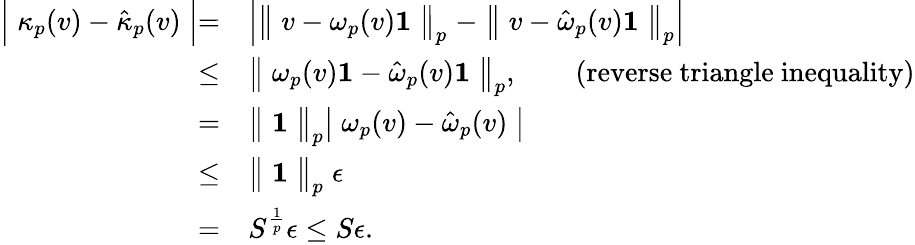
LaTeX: \begin{array}{rl}{\Bigm\lvert\kappa_{p}(v)-\hat{\kappa}_{p}(v)\Bigm\rvert=}&{\Bigm\lvert\bigm\lVert v-\omega_{p}(v)\mathbf{1}\bigm\rVert_{p}-\bigm\lVert v-\hat{\omega}_{p}(v)\mathbf{1}\bigm\rVert_{p}\Bigm\rvert}\\ {\leq}&{\bigm\lVert\omega_{p}(v)\mathbf{1}-\hat{\omega}_{p}(v)\mathbf{1}\bigm\rVert_{p},\qquad\mathrm{(reverse~triangle~inequality)}}\\ {=}&{\bigm\lVert\mathbf{1}\bigm\rVert_{p}\bigm\lvert\omega_{p}(v)-\hat{\omega}_{p}(v)\bigm\rvert}\\ {\leq}&{\bigm\lVert\mathbf{1}\bigm\rVert_{p}\epsilon}\\ {=}&{S^{\frac{1}{p}}\epsilon\leq S\epsilon.}\end{array}